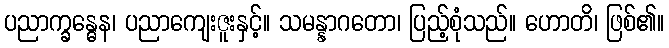
ပညာက္ခန္ဓေန၊ ပညာကျေးဇူးနှင့်။ သမန္နာဂတော၊ ပြည့်စုံသည်။ ဟောတိ၊ ဖြစ်၏။